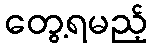
တွေ့ရမည့်